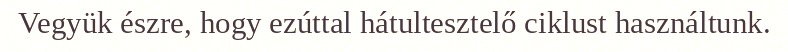
Vegyük észre, hogy ezúttal hátultesztelő ciklust használtunk.